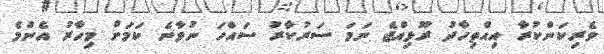
ވެރިކަންކުރާ އިއްތިހާދު ރޫޅިއްޖެ ނަމަ ސަރުކާރު ސައްހަ ނުވާނެ ކަމަށް މިހާރު އެންމެ